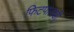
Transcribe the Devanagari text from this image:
फिटपालडी